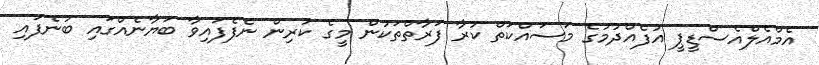
އެމްއެލްއެސްޑީޕީ އުފެއްދުމުގެ މަސައްކަތް ކުރާ ފަރާތްތަކުން މީގެ ކުރިން ނެފެފައިވާ ބަޔާނެއްގައި ބުނެފައި